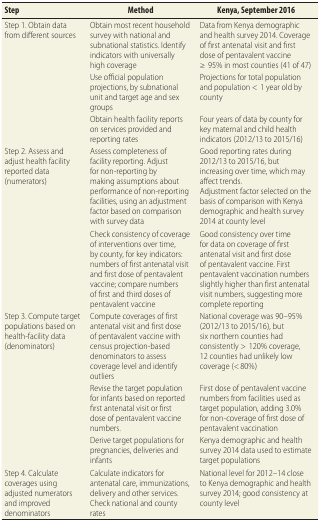
<table><thead><tr><td><b>Step</b></td><td><b>Method</b></td><td><b>Kenya, September 2016</b></td></tr></thead><tbody><tr><td rowspan="3">Step 1. Obtain data from different sources</td><td>Obtain most recent household survey with national and subnational statistics. Identify indicators with universally high coverage</td><td>Data from Kenya demographic and health survey 2014. Coverage of first antenatal visit and first dose of pentavalent vaccine ≥95% in most counties (41 of 47) </td></tr><tr><td>Use official population projections, by subnational unit and target age and sex groups</td><td>Projections for total population and population &lt;1 year old by county</td></tr><tr><td>Obtain health facility reports on services provided and reporting rates</td><td>Four years of data by county for key maternal and child health indicators (2012/13 to 2015/16)</td></tr><tr><td rowspan="2">Step 2. Assess and adjust health facility reported data (numerators)</td><td>Assess completeness of facility reporting. Adjust for non-reporting by making assumptions about performance of non-reporting facilities, using an adjustment factor based on comparison with survey data</td><td>Good reporting rates during 2012/13 to 2015/16, but increasing over time, which may affect trends.Adjustment factor selected on the basis of comparison with Kenya demographic and health survey 2014 at county level</td></tr><tr><td>Check consistency of coverage of interventions over time, by county, for key indicators: numbers of first antenatal visit and first dose of pentavalent vaccine; compare numbers of first and third doses of pentavalent vaccine</td><td>Good consistency over time for data on coverage of first antenatal visit and first dose of pentavalent vaccine. First pentavalent vaccination numbers slightly higher than first antenatal visit numbers, suggesting more complete reporting</td></tr><tr><td rowspan="3">Step 3. Compute target populations based on health-facility data (denominators)</td><td>Compute coverages of first antenatal visit and first dose of pentavalent vaccine with census projection-based denominators to assess coverage level and identify outliers</td><td>National coverage was 90–95% (2012/13 to 2015/16), but six northern counties had consistently &gt;120% coverage, 12 counties had unlikely low coverage (&lt; 80%)</td></tr><tr><td>Revise the target population for infants based on reported first antenatal visit or first dose of pentavalent vaccine numbers. </td><td>First dose of pentavalent vaccine numbers from facilities used as target population, adding 3.0% for non-coverage of first dose of pentavalent vaccination</td></tr><tr><td>Derive target populations for pregnancies, deliveries and infants</td><td>Kenya demographic and health survey 2014 data used to estimate target populations</td></tr><tr><td>Step 4. Calculate coverages using adjusted numerators and improved denominators</td><td>Calculate indicators for antenatal care, immunizations, delivery and other services. Check national and county rates</td><td>National level for 2012–14 close to Kenya demographic and health survey 2014; good consistency at county level</td></tr></tbody></table>